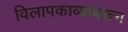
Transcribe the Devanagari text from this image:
विलापकाव्यावरून